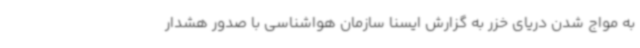
به مواج شدن دریای خزر به گزارش ایسنا سازمان هواشناسی با صدور هشدار